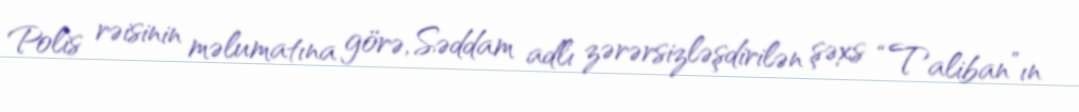
Polis rəisinin məlumatına görə, Səddam adlı zərərsizləşdirilən şəxs “Taliban”ın